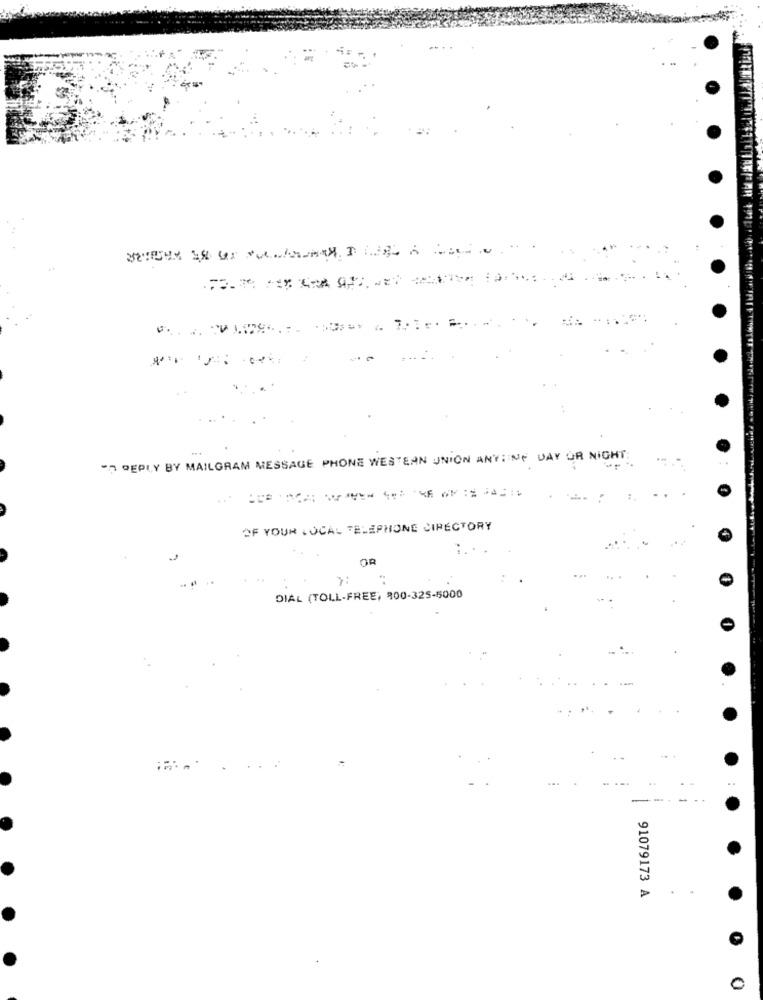
=
" REPLY BY MAILGRAM MESSAGE PHONE WESTERN UNION ANTINE DAY OR NIGHT:
1
OF YOUR LOCAL TELEPHONE CIRECTORY
OR
DIAL (TOLL-FREE, 800-325-5000
91079173 A
0